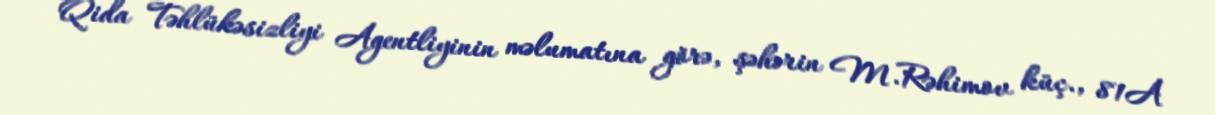
Qida Təhlükəsizliyi Agentliyinin məlumatına görə, şəhərin M.Rəhimov küç., 81A